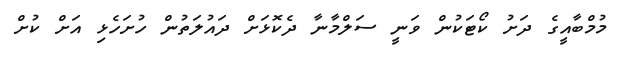
މުމްބާއީގެ ދަށު ކޯޓަކުން ވަނީ ސަލްމާނާ ދެކޮޅަށް ދައުލަތުން ހުށަހެޅި އަށް ކުށް